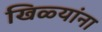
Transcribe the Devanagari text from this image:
खिळ्यांना